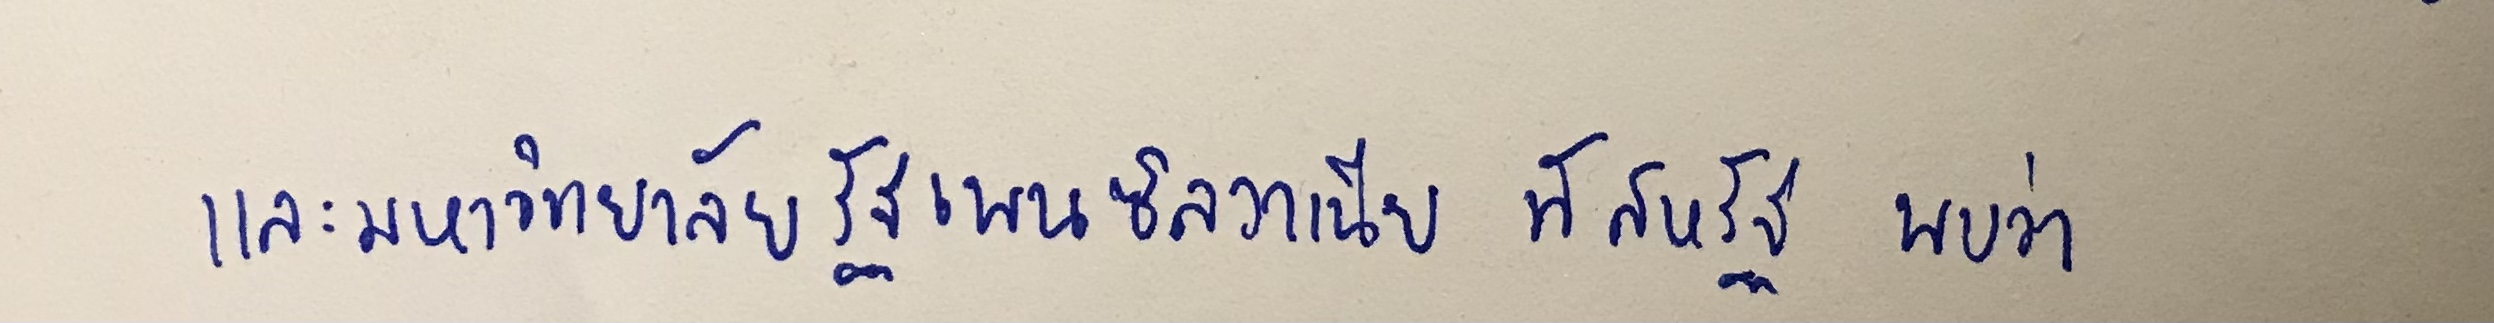
และมหาวิทยาลัยรัฐเพนซิลวาเนีย ที่สหรัฐ พบว่า